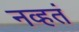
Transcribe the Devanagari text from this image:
नव्‍हतं